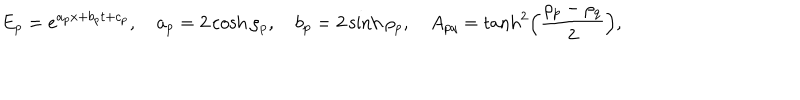
E _ { p } = e ^ { a _ { p } x + b _ { p } t + c _ { p } } , \quad a _ { p } = 2 \cosh \rho _ { p } , \quad b _ { p } = 2 \sinh \rho _ { p } , \quad A _ { p q } = \tanh ^ { 2 } \left( \frac { \rho _ { p } - \rho _ { q } } { 2 } \right) ,